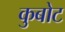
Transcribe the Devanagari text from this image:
कुबोट